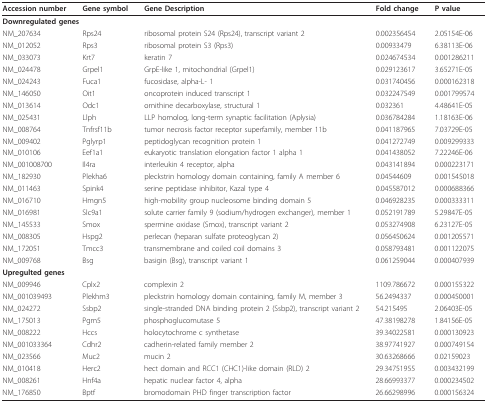
<table><thead><tr><td><b>Accession number</b></td><td><b>Gene symbol</b></td><td><b>Gene Description</b></td><td><b>Fold change</b></td><td><b>P value</b></td></tr></thead><tbody><tr><td colspan="2"><b>Downregulated genes</b></td><td></td><td></td><td></td></tr><tr><td>NM_207634</td><td>Rps24</td><td>ribosomal protein S24 (Rps24), transcript variant 2</td><td>0.002356454</td><td>2.05154E-06</td></tr><tr><td>NM_012052</td><td>Rps3</td><td>ribosomal protein S3 (Rps3)</td><td>0.00933479</td><td>6.38113E-06</td></tr><tr><td>NM_033073</td><td>Krt7</td><td>keratin 7</td><td>0.024674534</td><td>0.001286211</td></tr><tr><td>NM_024478</td><td>Grpel1</td><td>GrpE-like 1, mitochondrial (Grpel1)</td><td>0.029123617</td><td>3.65271E-05</td></tr><tr><td>NM_024243</td><td>Fuca1</td><td>fucosidase, alpha-L- 1</td><td>0.031740456</td><td>0.000162318</td></tr><tr><td>NM_146050</td><td>Oit1</td><td>oncoprotein induced transcript 1</td><td>0.032247549</td><td>0.001799574</td></tr><tr><td>NM_013614</td><td>Odc1</td><td>ornithine decarboxylase, structural 1</td><td>0.032361</td><td>4.48641E-05</td></tr><tr><td>NM_025431</td><td>Llph</td><td>LLP homolog, long-term synaptic facilitation (Aplysia)</td><td>0.036784284</td><td>1.18163E-06</td></tr><tr><td>NM_008764</td><td>Tnfrsf11b</td><td>tumor necrosis factor receptor superfamily, member 11b</td><td>0.041187965</td><td>7.03729E-05</td></tr><tr><td>NM_009402</td><td>Pglyrp1</td><td>peptidoglycan recognition protein 1</td><td>0.041272749</td><td>0.009299333</td></tr><tr><td>NM_010106</td><td>Eef1a1</td><td>eukaryotic translation elongation factor 1 alpha 1</td><td>0.041438052</td><td>7.22246E-06</td></tr><tr><td>NM_001008700</td><td>Il4ra</td><td>interleukin 4 receptor, alpha</td><td>0.043141894</td><td>0.000223171</td></tr><tr><td>NM_182930</td><td>Plekha6</td><td>pleckstrin homology domain containing, family A member 6</td><td>0.04544609</td><td>0.001545018</td></tr><tr><td>NM_011463</td><td>Spink4</td><td>serine peptidase inhibitor, Kazal type 4</td><td>0.045587012</td><td>0.000688366</td></tr><tr><td>NM_016710</td><td>Hmgn5</td><td>high-mobility group nucleosome binding domain 5</td><td>0.046928235</td><td>0.000333311</td></tr><tr><td>NM_016981</td><td>Slc9a1</td><td>solute carrier family 9 (sodium/hydrogen exchanger), member 1</td><td>0.052191789</td><td>5.29847E-05</td></tr><tr><td>NM_145533</td><td>Smox</td><td>spermine oxidase (Smox), transcript variant 2</td><td>0.053274908</td><td>6.23127E-05</td></tr><tr><td>NM_008305</td><td>Hspg2</td><td>perlecan (heparan sulfate proteoglycan 2)</td><td>0.056450624</td><td>0.001205571</td></tr><tr><td>NM_172051</td><td>Tmcc3</td><td>transmembrane and coiled coil domains 3</td><td>0.058793481</td><td>0.001122075</td></tr><tr><td>NM_009768</td><td>Bsg</td><td>basigin (Bsg), transcript variant 1</td><td>0.061259044</td><td>0.000407939</td></tr><tr><td colspan="2"><b>Upregulted genes</b></td><td></td><td></td><td></td></tr><tr><td>NM_009946</td><td>Cplx2</td><td>complexin 2</td><td>1109.786672</td><td>0.000155322</td></tr><tr><td>NM_001039493</td><td>Plekhm3</td><td>pleckstrin homology domain containing, family M, member 3</td><td>56.2494337</td><td>0.000450001</td></tr><tr><td>NM_024272</td><td>Ssbp2</td><td>single-stranded DNA binding protein 2 (Ssbp2), transcript variant 2</td><td>54.215495</td><td>2.06403E-05</td></tr><tr><td>NM_175013</td><td>Pgm5</td><td>phosphoglucomutase 5</td><td>47.38198278</td><td>1.84156E-05</td></tr><tr><td>NM_008222</td><td>Hccs</td><td>holocytochrome c synthetase</td><td>39.34022581</td><td>0.000130923</td></tr><tr><td>NM_001033364</td><td>Cdhr2</td><td>cadherin-related family member 2</td><td>38.97741927</td><td>0.000749154</td></tr><tr><td>NM_023566</td><td>Muc2</td><td>mucin 2</td><td>30.63268666</td><td>0.02159023</td></tr><tr><td>NM_010418</td><td>Herc2</td><td>hect domain and RCC1 (CHC1)-like domain (RLD) 2</td><td>29.34751955</td><td>0.003432199</td></tr><tr><td>NM_008261</td><td>Hnf4a</td><td>hepatic nuclear factor 4, alpha</td><td>28.66993377</td><td>0.000234502</td></tr><tr><td>NM_176850</td><td>Bptf</td><td>bromodomain PHD finger transcription factor</td><td>26.66298996</td><td>0.000156324</td></tr></tbody></table>